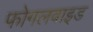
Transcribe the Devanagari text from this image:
फोगलवाइड